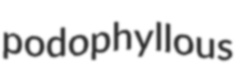
podophyllous